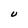
Character: U